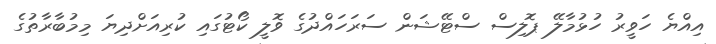
އިއްޔެ ހަވީރު ހުޅުމާލޭ ޕޮލިސް ސްޓޭޝަން ސަރަހައްދުގެ ވޮލީ ކޯޓުގައި ކުރިއަށްދިޔަ މިމުބާރާތުގެ